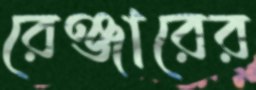
রেঞ্জারের